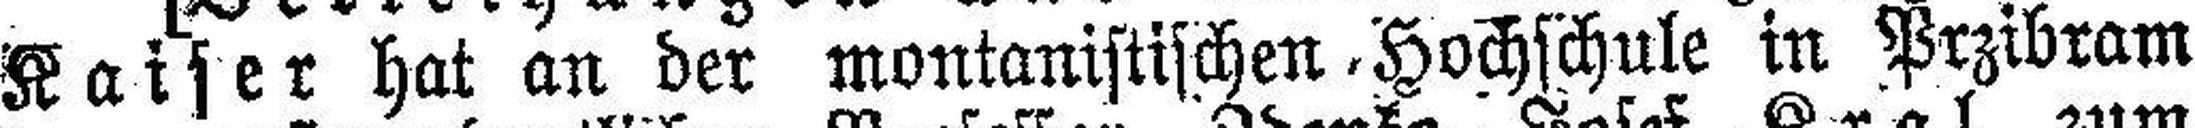
Kaiser hat an der montanistischen Hochschule in Przibram